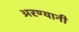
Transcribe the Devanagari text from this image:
अरण्यानी